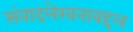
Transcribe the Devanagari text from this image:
संवादलेखनाबद्दल